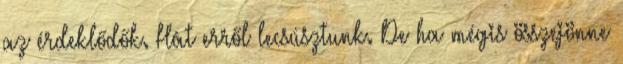
az érdeklődők. Hát erről lecsúsztunk. De ha mégis összejönne